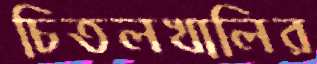
চিতলখালির